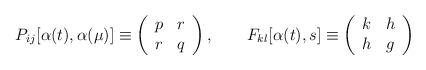
LaTeX: \begin{align*}P_{ij}[\alpha (t),\alpha (\mu )]\equiv \left( \begin{array}{ll}p & r \\ r & q\end{array}\right) ,\qquad F_{kl}[\alpha (t),s]\equiv \left( \begin{array}{ll}k & h \\ h & g\end{array}\right) \end{align*}